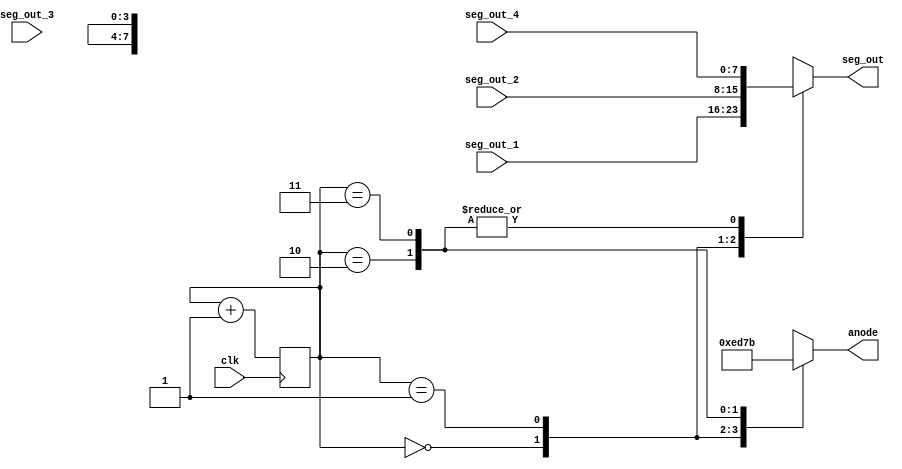
`timescale 1ns / 1ps
//////////////////////////////////////////////////////////////////////////////////
// Company: 
// Engineer: 
// 
// Design Name: 
// Module Name: Mux
// Project Name: 
// Target Devices: 
// Tool Versions: 
// Description: 
// 
// Dependencies: 
// 
// Revision:
// Revision 0.01 - File Created
// Additional Comments:
// 
//////////////////////////////////////////////////////////////////////////////////


module Mux(
    input clk,
    output reg [7:0]seg_out,
    output reg [3:0]anode,
    input [7:0]seg_out_1,
    input [7:0]seg_out_2,
    input [7:0]seg_out_3,
    input [7:0]seg_out_4
    );
    reg [1:0]counter;
always@(posedge clk)
begin
counter = counter + 1;
end
always@(*)
begin
case(counter)
2'b00:
begin
seg_out = seg_out_1;
anode = 4'b1110;
end

2'b01:
begin
seg_out = seg_out_2;
anode = 4'b1101;

end

2'b10:
begin
seg_out = seg_out_4;
anode = 4'b0111;

end

2'b11:
begin
seg_out = seg_out_4;
anode = 4'b1011;

end
endcase
end





endmodule